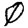
Digit: 0